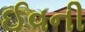
ઈવની